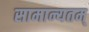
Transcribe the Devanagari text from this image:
सामान्यतम्